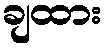
ချထား